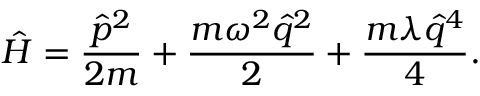
\hat { H } = \frac { \hat { p } ^ { 2 } } { 2 m } + \frac { m \omega ^ { 2 } \hat { q } ^ { 2 } } { 2 } + \frac { m \lambda \hat { q } ^ { 4 } } { 4 } .